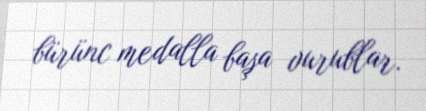
bürünc medalla başa vurublar.